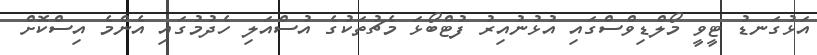
އަޅުގަނޑު ޓީވީ މޯލްޑިވްސްގައި އުޅުނުއިރު ފުޓްބޯޅަ މެޗުތަކުގެ އުސްއަލި ހެދުމުގައި އެންމެ އިސްކޮށް